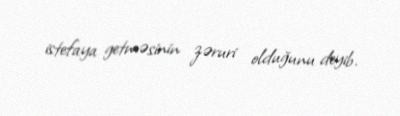
istefaya getməsinin zəruri olduğunu deyib.